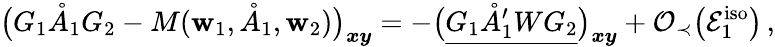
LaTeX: \big(G_{1}\mathring{A}_{1}G_{2}-M(\mathbf{w}_{1},\mathring{A}_{1},\mathbf{w}_{2})\big)_{\boldsymbol{x}\boldsymbol{y}}=-\big(\underline{{{G_{1}\mathring{A}_{1}^{\prime}WG_{2}}}}\big)_{\boldsymbol{x}\boldsymbol{y}}+\mathcal{{O}}_{\prec}\big(\mathcal{{E}}_{1}^{\mathrm{{iso}}}\big)\, ,